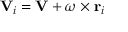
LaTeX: \mathbf { V } _ { i } = \mathbf { V } + { \boldsymbol { \omega } } \times \mathbf { r } _ { i }